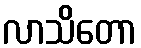
လာသိတော